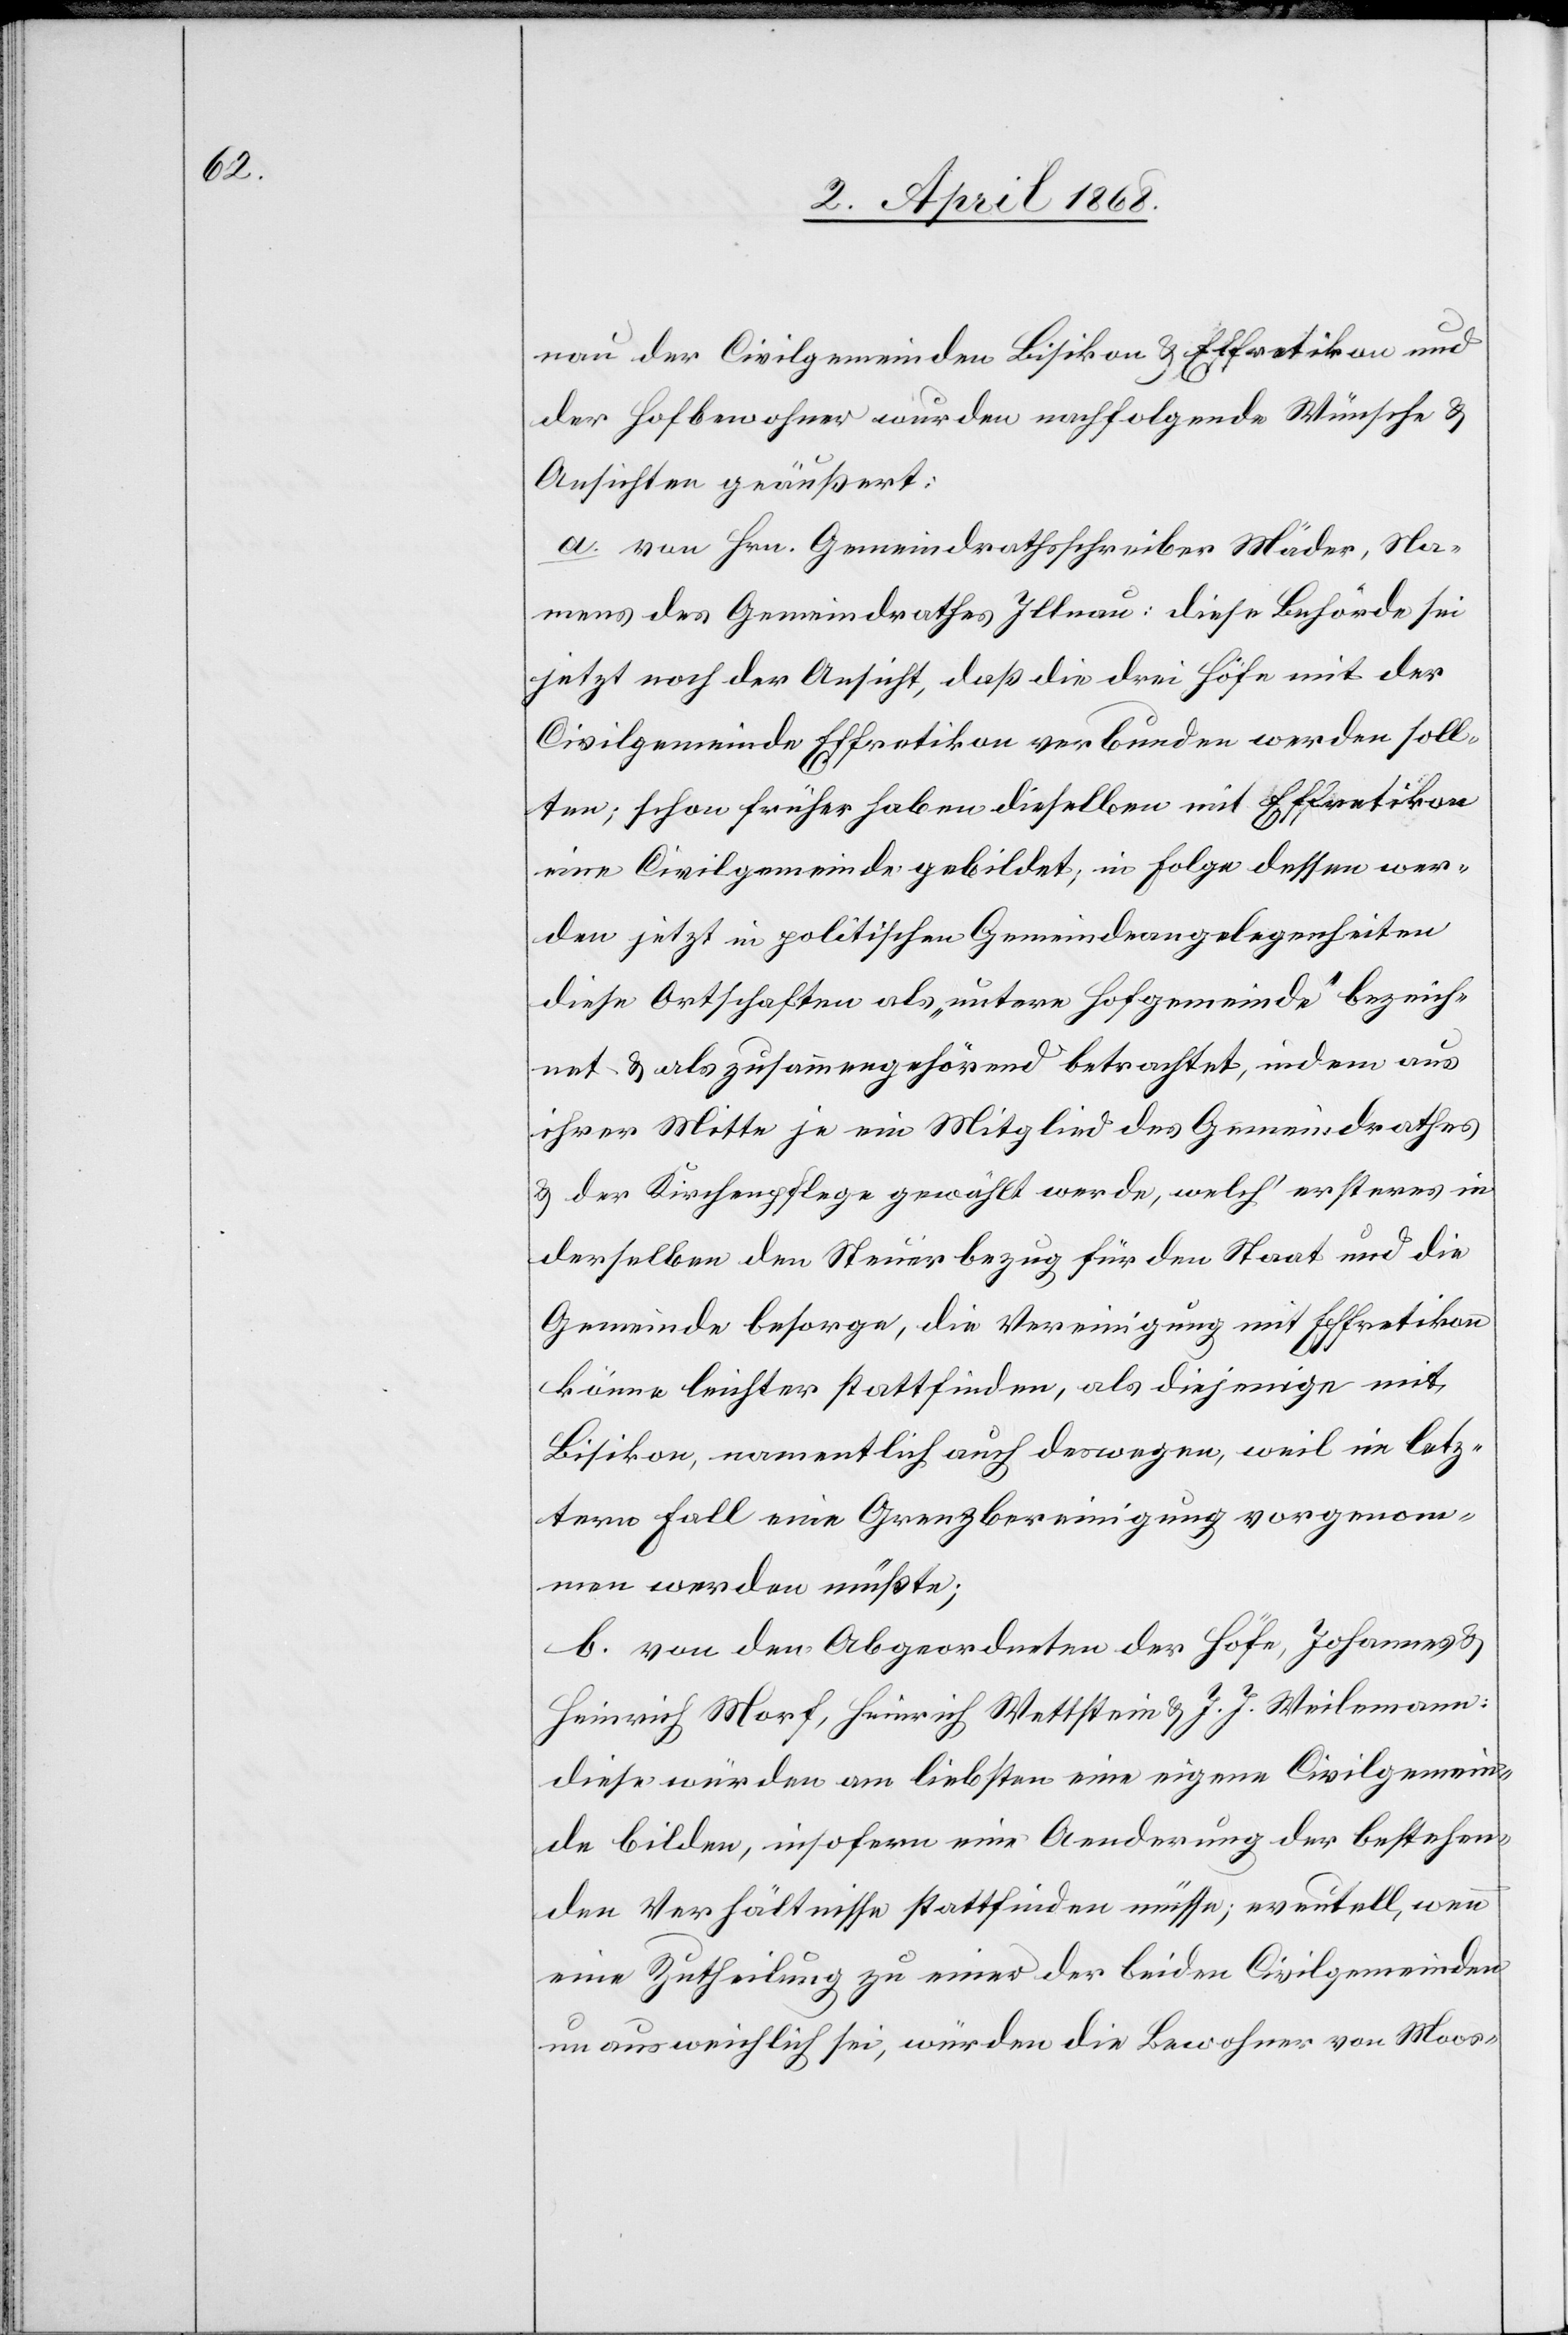
nau[,] der Civilgemeinden Bisikon & Effretikon und
der Hofbewohner wurden nachfolgende Wünsche &
Ansichten geäußert:
a. von Hrn. Gemeindrathsschreiber Mäder, Na¬
mens des Gemeindrathes Illnau: diese Behörde sei
jetzt noch der Ansicht, daß die drei Höfe mit der
Civilgemeinde Effretikon verbunden werden soll¬
ten; schon früher haben dieselben mit Effretikon
eine Civilgemeinde gebildet; in Folge dessen wer¬
den jetzt in politischen Gemeindeangelegenheiten
diese Ortschaften als „untere Hofgemeinde“ bezeich¬
net & als zusammengehörend betrachtet, indem aus
ihrer Mitte je ein Mitglied des Gemeindrathes
& der Kirchenpflege gewählt werde, welch‘ ersteres in
derselben den Steuerbezug für den Staat und die
Gemeinde besorge, die Vereinigung mit Effretikon
könne leichter stattfinden, als diejenige mit
Bisikon, namentlich auch deswegen, weil im letz¬
tern Fall eine Grenzbereinigung vorgenom¬
men werden müßte;
b. von den Abgeordneten der Höfe, Johannes &
Heinrich Morf, Heinrich Wettstein & J. J. Weilemann:
diese würden am liebsten eine eigene Civilgemein¬
de bilden, insofern eine Aenderung der bestehen¬
den Verhältnisse stattfinden müsse; eventuell, wenn
eine Zutheilung zu einer der beiden Civilgemeinden
unausweichlich sei, würden die Bewohner von Moos-